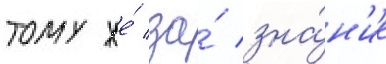
тому же́ за́ зна́н'ие